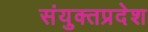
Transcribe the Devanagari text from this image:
संयुक्तप्रदेश